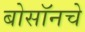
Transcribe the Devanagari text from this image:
बोसॉनचे